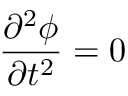
\frac { \partial ^ { 2 } \phi } { \partial t ^ { 2 } } = 0